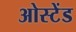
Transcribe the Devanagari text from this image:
ओस्टेंड